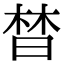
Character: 𣈅